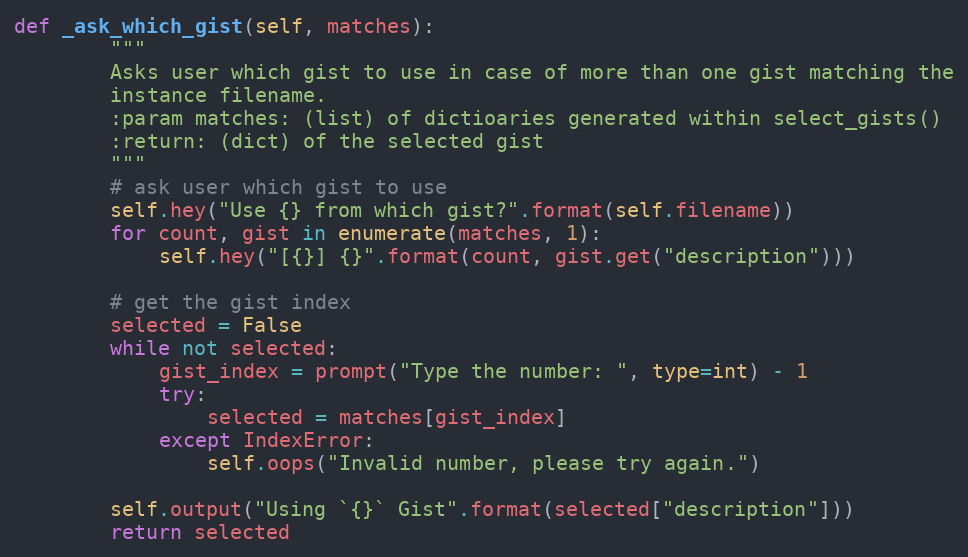
Language: Python
def _ask_which_gist(self, matches):
        """
        Asks user which gist to use in case of more than one gist matching the
        instance filename.
        :param matches: (list) of dictioaries generated within select_gists()
        :return: (dict) of the selected gist
        """
        # ask user which gist to use
        self.hey("Use {} from which gist?".format(self.filename))
        for count, gist in enumerate(matches, 1):
            self.hey("[{}] {}".format(count, gist.get("description")))

        # get the gist index
        selected = False
        while not selected:
            gist_index = prompt("Type the number: ", type=int) - 1
            try:
                selected = matches[gist_index]
            except IndexError:
                self.oops("Invalid number, please try again.")

        self.output("Using `{}` Gist".format(selected["description"]))
        return selected